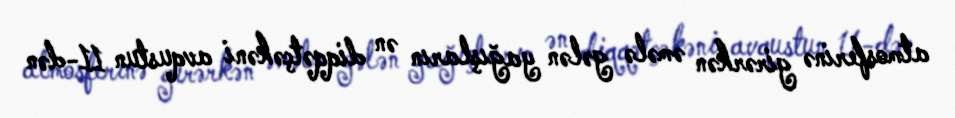
atmosferinə girərkən əmələ gələn yağışların ən diqqətçəkəni avqustun 11-dən